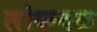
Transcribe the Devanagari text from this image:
लोकबळ